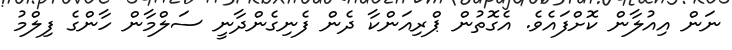
ނަން އިއުލާން ކޮށްފައެވެ. އެގޮތުން ޕްރިއަންކާ ދެން ފެނިގެންދާނީ ސަލްމާން ހާންގެ ފިލްމު